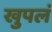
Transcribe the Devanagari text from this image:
खुपलं